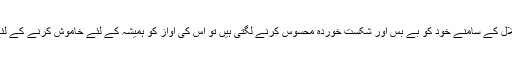
جب تخریبی طاقتیں اس کے عزم و استقلال کے سامنے خود کو بے بس اور شکست خوردہ محسوس کرنے لگتی ہیں تو اس کی آواز کو ہمیشہ کے لئے خاموش کرنے کے لئے اسے موت کے گھاٹ اتار دیتے ہیں ۔